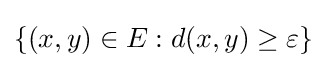
\{(x,y)\in E:d(x,y)\geq \varepsilon \}